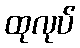
ထုလုပ်